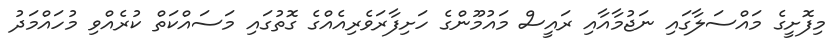
މިފޮށީގެ މައްސަލާގައި ނަޖުމާއާއި ރައީސް މައުމޫންގެ ހަށިފާރަވެރިއެއްގެ ގޮތުގައި މަސައްކަތް ކުރެއްވި މުހައްމަދު